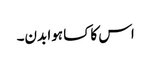
اس کا کسا ہوا بدن۔